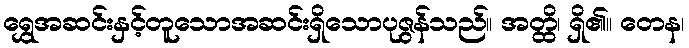
ရွှေအဆင်းနှင့်တူသောအဆင်းရှိသောပုဇွန်သည်။ အတ္ထိ၊ ရှိ၏။ တေန၊